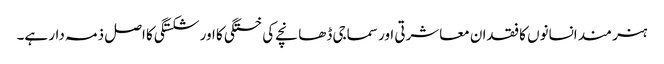
ہنر مند انسانوں کا فقدان معاشرتی اور سماجی ڈھانچے کی خستگی کا اور شکستگی کا اصل ذمہ دار ہے۔